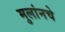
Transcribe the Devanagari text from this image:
मुलांनचे